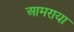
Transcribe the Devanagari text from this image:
आमराया